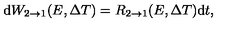
\mathrm { d } W _ { 2 \rightarrow 1 } ( E , \Delta T ) = R _ { 2 \rightarrow 1 } ( E , \Delta T ) \mathrm { d } t ,